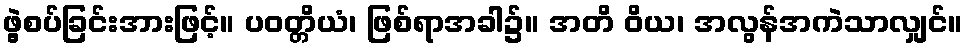
ဖွဲ့စပ်ခြင်းအားဖြင့်။ ပဝတ္တိယံ၊ ဖြစ်ရာအခါ၌။ အတိ ဝိယ၊ အလွန်အကဲသာလျှင်။